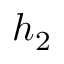
h _ { 2 }